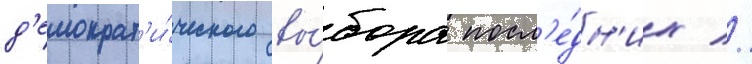
д'емократ'и́ческого вы́бора посл'е́дн'их //